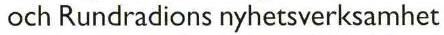
och Rundradions nyhetsverksamhet